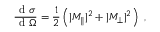
\frac { \mathrm { ~ d ~ } \sigma } { \mathrm { ~ d ~ } \Omega } = \frac { 1 } { 2 } \left( \vert M _ { \parallel } \vert ^ { 2 } + \vert M _ { \perp } \vert ^ { 2 } \right) ~ ,